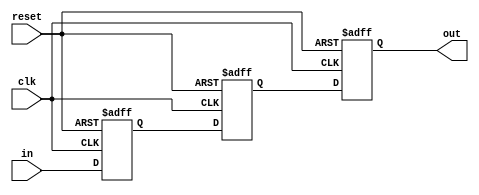
module ThreeFlopSynchronizer (
    input wire clk,
    input wire reset,
    input wire in,
    output reg out
);

reg [2:0] flop1, flop2, flop3;

always @(posedge clk or posedge reset) begin
    if (reset) begin
        flop1 <= 1'b0;
        flop2 <= 1'b0;
        flop3 <= 1'b0;
    end else begin
        flop1 <= in;
        flop2 <= flop1;
        flop3 <= flop2;
    end
end

assign out = flop3;

endmodule